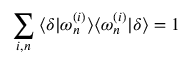
\sum _ { i , n } \: \langle \delta | \omega _ { n } ^ { ( i ) } \rangle \langle \omega _ { n } ^ { ( i ) } | \delta \rangle = 1